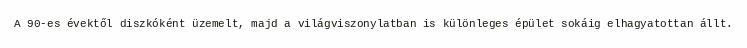
A 90-es évektől diszkóként üzemelt, majd a világviszonylatban is különleges épület sokáig elhagyatottan állt.